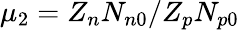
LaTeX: \mu_{2}=Z_{n}N_{n0}/Z_{p}N_{p0}